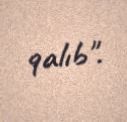
qalıb".